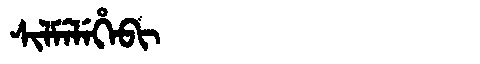
Manchu: ᠰᡳᠯᠮᡝᠯᡝᡥᡝᠪᡳ
Romanization: SILMELEHEBI